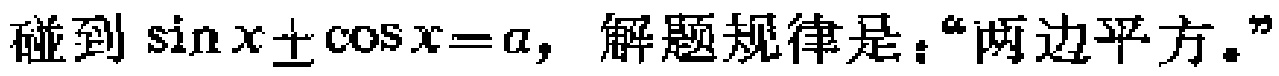
碰到\(\sin x\pm\cos x = a\)，解题规律是：“两边平方。”